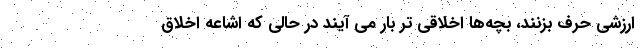
ارزشی حرف بزنند، بچه‌ها اخلاقی تر بار می آیند در حالی که اشاعه اخلاق